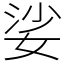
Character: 娑